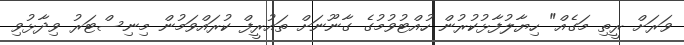
ވަރަށް ރީތި މަގެއް" ހިޔާލުފާޅުކުރުން ހުއްޓުވުމުގެ ގާނޫނަށް ތައުރީފް ކުރައްވަމުން މިނިސްޓަރު ވިދާޅުވި